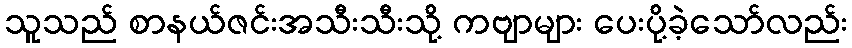
သူသည် စာနယ်ဇင်းအသီးသီးသို့ ကဗျာများ ပေးပို့ခဲ့သော်လည်း